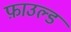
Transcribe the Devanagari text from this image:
फ़ाउल्ड